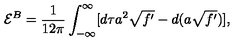
{ \cal E } ^ { B } = \frac 1 { 1 2 \pi } \int _ { - \infty } ^ { \infty } [ d \tau a ^ { 2 } \sqrt { f ^ { \prime } } - d ( a \sqrt { f ^ { \prime } } ) ] ,